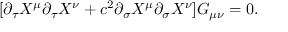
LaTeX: [ \partial _ { \tau } X ^ { \mu } \partial _ { \tau } X ^ { \nu } + c ^ { 2 } \partial _ { \sigma } X ^ { \mu } \partial _ { \sigma } X ^ { \nu } ] G _ { \mu \nu } = 0 .